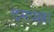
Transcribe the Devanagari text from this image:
दसपल्ला